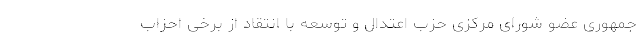
جمهوری عضو شورای مرکزی حزب اعتدال و توسعه با انتقاد از برخی احزاب